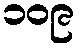
၁၀၉